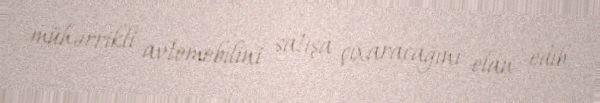
mühərrikli avtomobilini satışa çıxaracağını elan edib.